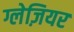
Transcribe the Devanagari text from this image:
ग्लेज़ियर